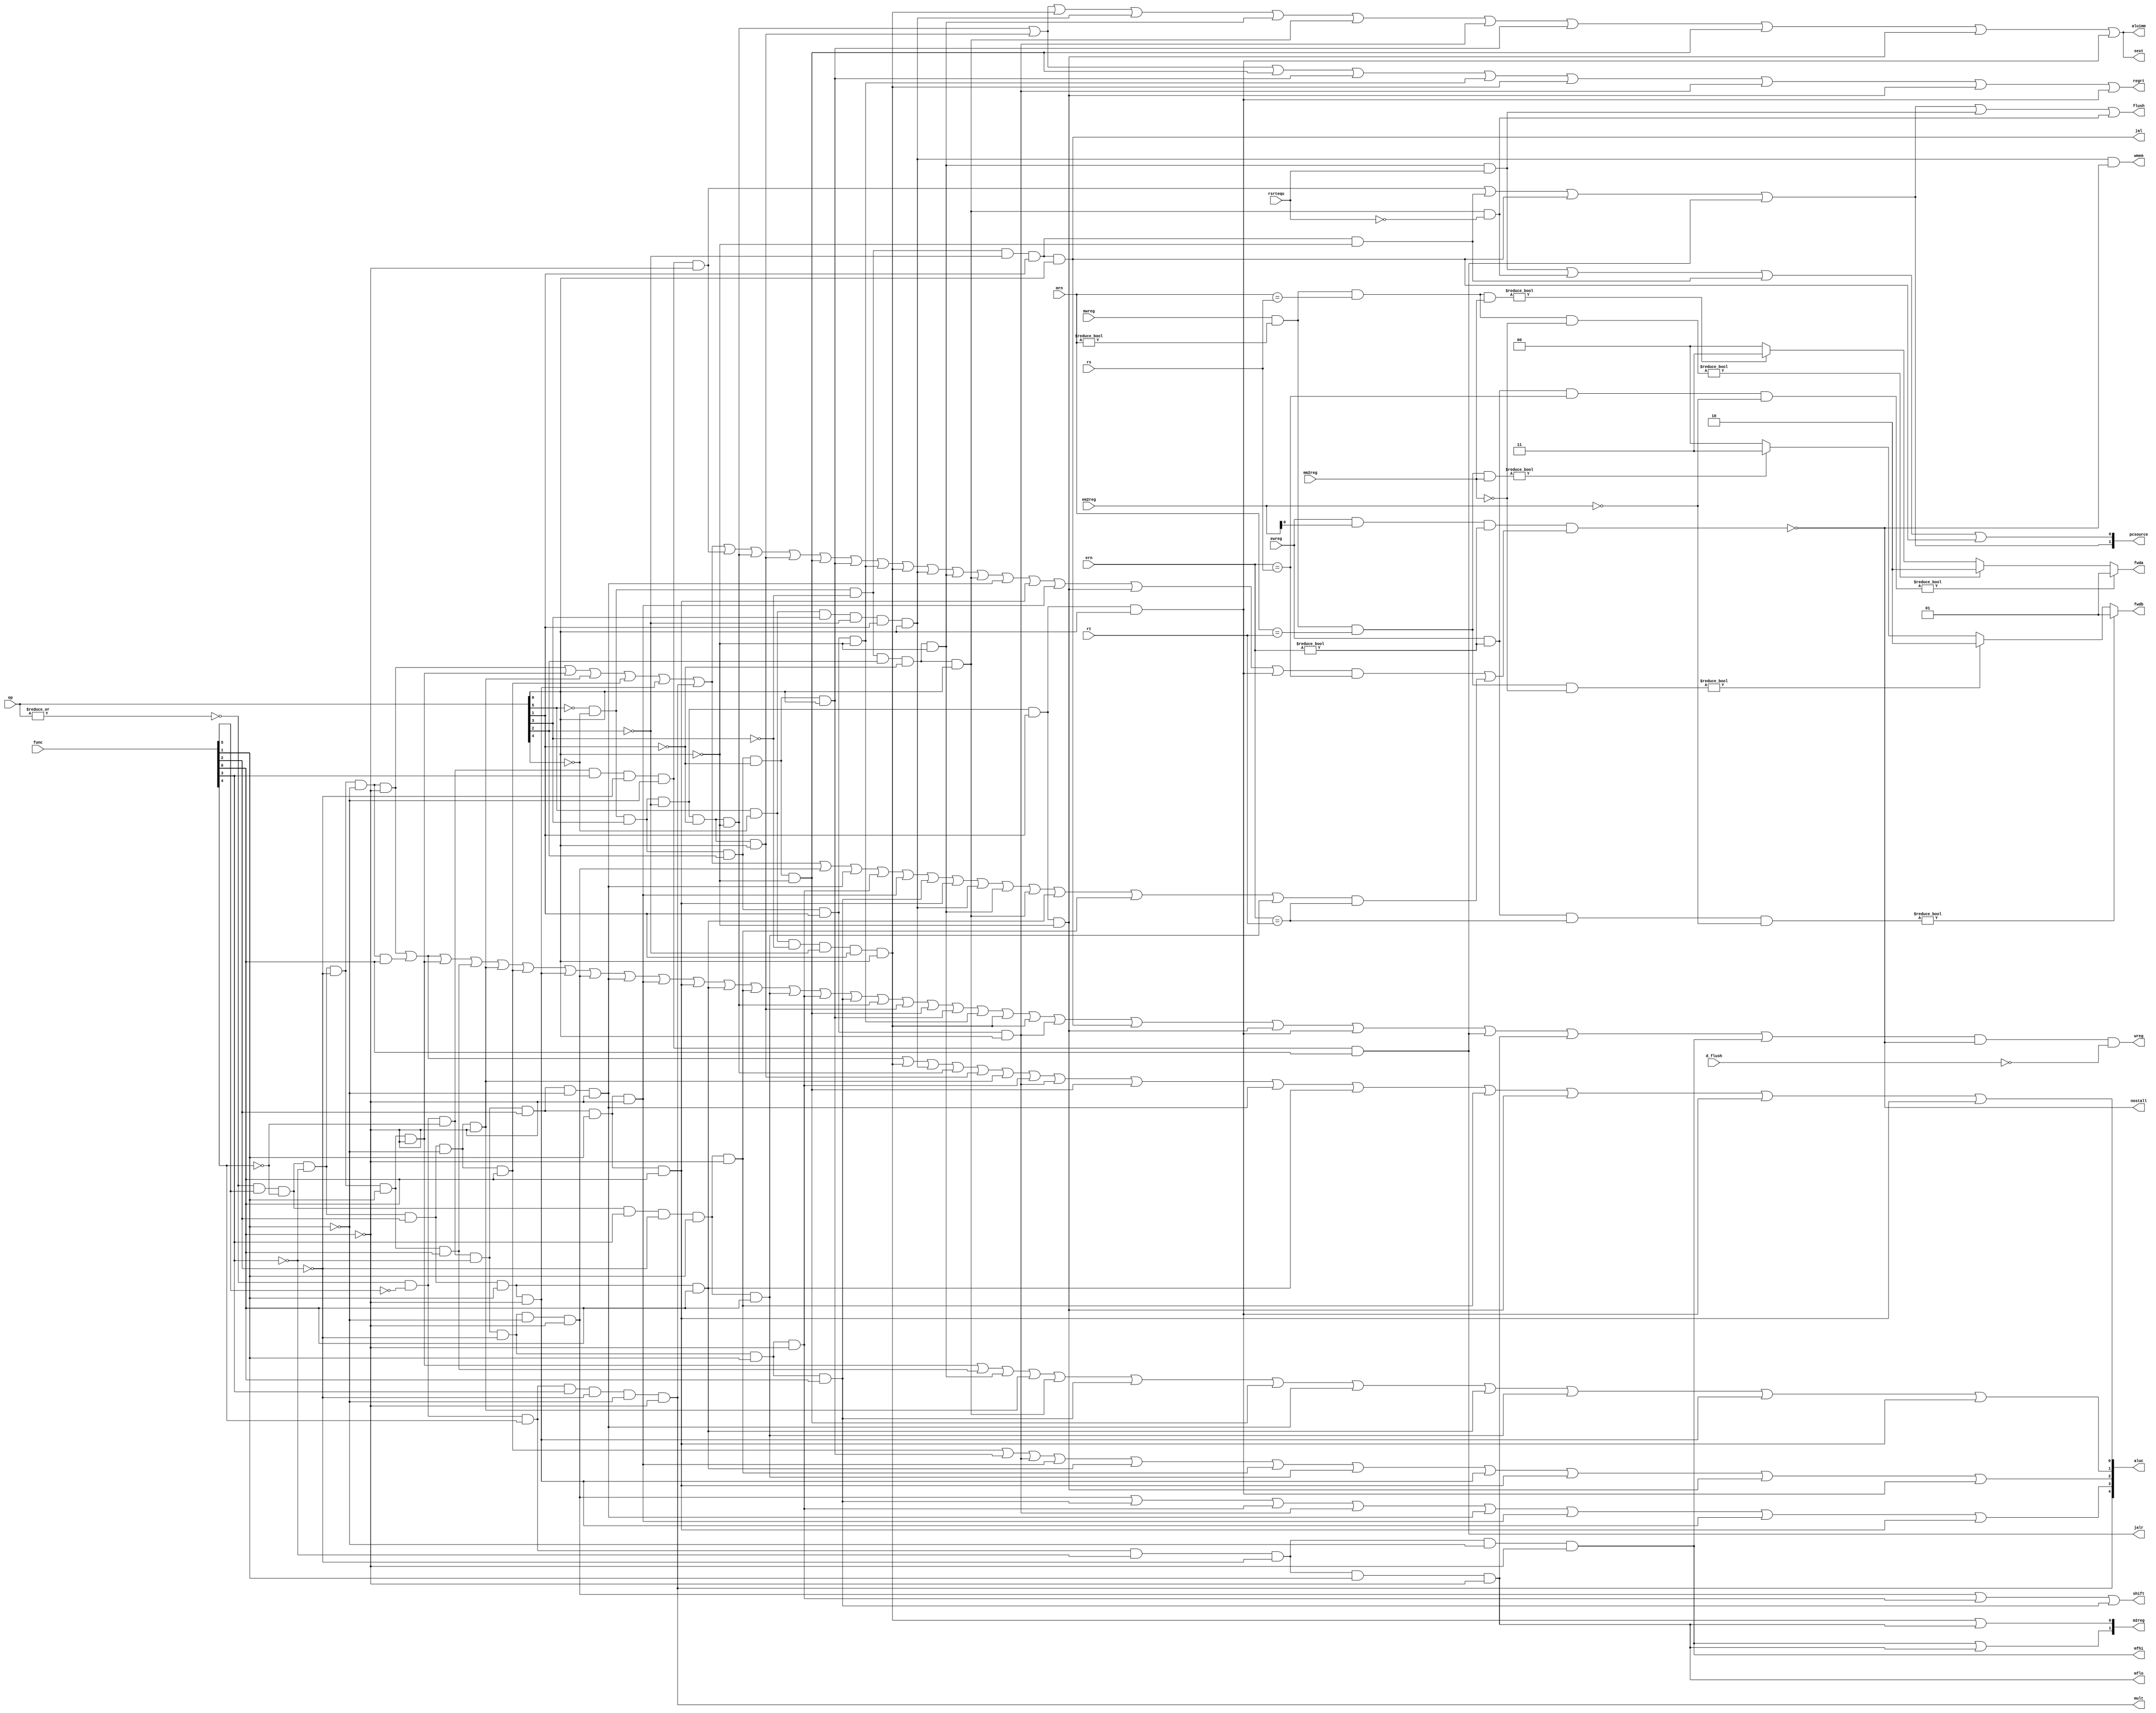
module pipeidcu (mwreg, mrn, ern, ewreg, em2reg, mm2reg, rsrtequ, func, op, rs, rt, wreg, m2reg, 
	wmem, aluc, regrt, aluimm, fwda, fwdb, nostall, sext, pcsource, shift, jal, jalr, flush, d_flush, mult, mfhi,mflo);

//module pipeidcu (mwreg, mrn, ern, ewreg, em2reg, mm2reg, rsrtequ, func, op, rs, rt, wreg, m2reg, 
//	wmem, aluc, regrt, aluimm, fwda, fwdb, nostall, sext, pcsource, shift, jal);

	
	input mwreg, ewreg,  rsrtequ;
	input [1:0] em2reg, mm2reg;
	input [4:0] mrn, ern, rs, rt;
	input [5:0] func, op;
 	input d_flush;

	output     wreg, wmem, regrt, aluimm, sext, shift, jal, jalr;
	output [1:0] m2reg;
	output [4:0] aluc;
	output [1:0] pcsource;
	output [1:0] fwda, fwdb;
	output nostall;
	output flush;
	output mult, mfhi, mflo;
	reg [1:0] fwda, fwdb;
	reg dd_flush;
	// wire r_type, i_add, i_sub, i_and, i_or, i_xor, i_sll,i_srl, i_sra, i_jr;
	// wire i_addi, i_andi, i_ori, i_xori, i_lw, i_sw, i_beq, i_bne, i_lui, i_j, i_jal;

	/*
	
	 */
	

	// and(r_type, ~op[5], ~op[4], ~op[3], ~op[2], ~op[1], ~op[0]);
	// and(i_add, r_type, func[5],~func[4],~func[3],~func[2],~func[1],~func[0]);
	// and(i_sub, r_type, func[5],~func[4],~func[3],~func[2], func[1],~func[0]);


	// and(i_addi, ~op[5], ~op[4], op[3], ~op[2], ~op[1], ~op[0]);


   wire r_type  = ~|op;
   wire i_add  = r_type& func[5]&~func[4]&~func[3]&~func[2]&~func[1]&~func[0]; // add
   wire i_sub  = r_type& func[5]&~func[4]&~func[3]&~func[2]& func[1]&~func[0]; // sub
   wire i_and  = r_type& func[5]&~func[4]&~func[3]& func[2]&~func[1]&~func[0]; // and
   wire i_or   = r_type& func[5]&~func[4]&~func[3]& func[2]&~func[1]& func[0]; // or
   wire i_xor  = r_type& func[5]&~func[4]&~func[3]& func[2]& func[1]&~func[0];
   wire i_slt  = r_type& func[5]&~func[4]& func[3]&~func[2]& func[1]&~func[0]; // slt
   wire i_sltu = r_type& func[5]&~func[4]& func[3]&~func[2]& func[1]& func[0]; // sltu
   wire i_addu = r_type& func[5]&~func[4]&~func[3]&~func[2]&~func[1]& func[0]; // addu
   wire i_subu = r_type& func[5]&~func[4]&~func[3]&~func[2]& func[1]& func[0]; // subu
   wire i_jr   = r_type&~func[5]&~func[4]& func[3]&~func[2]&~func[1]&~func[0]; //jr 001000
   wire i_jalr = r_type&~func[5]&~func[4]& func[3]&~func[2]&~func[1]& func[0]; //jalr 001001
   wire i_nor  = r_type& func[5]&~func[4]&~func[3]& func[2]& func[1]& func[0]; //nor 100111
   wire i_sll  = r_type&~func[5]&~func[4]&~func[3]&~func[2]&~func[1]&~func[0]; //sll 000000
   wire i_srl  = r_type&~func[5]&~func[4]&~func[3]&~func[2]& func[1]&~func[0]; //srl 000010
   wire i_sra  = r_type&~func[5]&~func[4]&~func[3]&~func[2]& func[1]& func[0]; //sra 000011
   wire i_sllv = r_type&~func[5]&~func[4]&~func[3]& func[2]&~func[1]&~func[0]; //sllv 000100
   wire i_srlv = r_type&~func[5]&~func[4]&~func[3]& func[2]& func[1]&~func[0]; //srlv 000110
   wire i_srav = r_type&~func[5]&~func[4]&~func[3]& func[2]& func[1]& func[0]; //srav 000111
   wire i_mult = r_type&~func[5]& func[4]& func[3]&~func[2]&~func[1]&~func[0]; //mult 011000
   wire i_mfhi = r_type&~func[5]& func[4]&~func[3]&~func[2]&~func[1]&~func[0]; //mfhi 010000
   wire i_mflo = r_type&~func[5]& func[4]&~func[3]&~func[2]& func[1]&~func[0]; //mflo 010010
  // i format 
   wire i_addi = ~op[5]&~op[4]& op[3]&~op[2]&~op[1]&~op[0]; // addi  001000
   wire i_addiu= ~op[5]&~op[4]& op[3]&~op[2]&~op[1]& op[0]; // addiu 001001
   wire i_ori  = ~op[5]&~op[4]& op[3]& op[2]&~op[1]& op[0]; // ori
   wire i_xori = ~op[5]&~op[4]& op[3]& op[2]& op[1]&~op[0]; 
   wire i_lw   =  op[5]&~op[4]&~op[3]&~op[2]& op[1]& op[0]; // lw
   wire i_sw   =  op[5]&~op[4]& op[3]&~op[2]& op[1]& op[0]; // sw
   wire i_beq  = ~op[5]&~op[4]&~op[3]& op[2]&~op[1]&~op[0]; // beq
   wire i_bne  = ~op[5]&~op[4]&~op[3]& op[2]&~op[1]& op[0]; //bne 000101
   wire i_slti = ~op[5]&~op[4]& op[3]&~op[2]& op[1]&~op[0]; //slti 001010
   wire i_sltiu= ~op[5]&~op[4]& op[3]&~op[2]& op[1]& op[0]; //slti 001011
   wire i_lui  = ~op[5]&~op[4]& op[3]& op[2]& op[1]& op[0]; //lui 001111
   wire i_andi = ~op[5]&~op[4]& op[3]& op[2]&~op[1]&~op[0]; //001100
  // j format
   wire i_j    = ~op[5]&~op[4]&~op[3]&~op[2]& op[1]&~op[0];  // j
   wire i_jal  = ~op[5]&~op[4]&~op[3]&~op[2]& op[1]& op[0];  // jal




	wire i_rs = i_add | i_sub | i_and | i_or | i_xor | i_mult| i_jr | i_addi | i_addiu| i_andi | i_ori | i_xori | i_lw | i_sw | i_beq | i_bne | i_sllv| i_srav| i_srlv|i_slti|i_sltiu;

	wire i_rt = i_add | i_sub | i_and | i_or | i_xor | i_mult| i_sll | i_sllv | i_srl | i_srlv | i_sra |i_srav| i_sw | i_beq | i_bne | i_nor | i_slt | i_sltu;

	assign nostall = ~(ewreg & em2reg & (ern != 0) & (i_rs & (ern == rs) | i_rt & (ern == rt)));
	//assign nostall = ~(ewreg & em2reg & (ern != 0) & (i_rs & (ern == rs) | i_rt & (ern == rt)) | i_j | i_jal |i_jr | i_beq & rsrtequ | i_bne & ~rsrtequ);

	always @(ewreg or mwreg or ern or mrn or em2reg or mm2reg or mm2reg or rs or rt)
	begin
		fwda = 2'b00;
		if(ewreg & (ern != 0) & (ern == rs) & ~em2reg)
		begin
			fwda = 2'b01;
		end else begin
			if(mwreg & (mrn != 0) & (mrn == rs) & ~mm2reg)
			begin
				fwda = 2'b10;
			end else begin
				if(mwreg & (mrn != 0) & (mrn == rs) & mm2reg) begin
					fwda = 2'b11;
				end
			end
		end
	

	fwdb = 2'b00;
	if(ewreg & (ern != 0) & (ern == rt) & ~em2reg)begin
		fwdb = 2'b01;
	end else begin
		if(mwreg & (mrn != 0) & (mrn == rt) & ~mm2reg)begin
			fwdb = 2'b10;
		end else begin
			if(mwreg & (mrn != 0) & (mrn == rt) & mm2reg)begin
				fwdb = 2'b11;
			end
		end
	end
	dd_flush = d_flush;
end

	assign wreg = (i_add |i_addu| i_sub |i_subu| i_and | i_or | i_xor | i_sll | i_sllv | i_srlv |i_srav| i_nor | i_slt| i_sltu | i_srl | i_sra | i_addi | i_addiu| i_andi | i_ori | i_xori | i_lw | i_lw | i_lui | i_jal|i_slti |i_sltiu|i_jalr|i_mflo|i_mfhi) & nostall & (~dd_flush);
	//assign wreg = (i_add |i_addu| i_sub |i_subu| i_and | i_or | i_xor | i_sll | i_sllv | i_srlv |i_srav| i_nor | i_slt| i_sltu | i_srl | i_sra | i_addi | i_andi | i_ori | i_xori | i_lw | i_lw | i_lui | i_jal|i_slti) & nostall;// & (~d_flush);
	assign regrt = i_addi | i_addiu|i_andi | i_ori | i_xori | i_lw | i_lui |i_slti|i_sltiu;

	assign jal = i_jal;
	assign jalr = i_jalr;	
	assign m2reg[0] = i_lw |i_mflo;
	assign m2reg[1] = i_mfhi |i_mflo;
	
	assign shift = i_sll | i_srl | i_sra ;
	assign aluimm = i_addi |i_addiu| i_lw | i_sw | i_beq | i_bne | i_lui | i_ori | i_andi|i_slti|i_sltiu;
	assign sext = i_addi | i_addiu|i_lw | i_sw | i_beq | i_bne| i_lui | i_ori | i_andi|i_slti |i_sltiu;
    assign aluc[0] = i_add | i_addu| i_lw | i_sw | i_addi |i_addiu| i_and | i_srl  |i_lui | i_andi | i_sllv | i_nor | i_slt |i_slti|i_sltiu|i_srav;
    assign aluc[1] = i_sub | i_subu|i_beq | i_and | i_bne | i_sra  | i_andi | i_sllv | i_nor| i_sltu |i_xor |i_srav;
    assign aluc[2] = i_or | i_ori   | i_lui | i_srlv | i_nor | i_slt | i_sltu|i_xor|i_srav|i_slti|i_sltiu;
    assign aluc[3] = i_sll | i_sra | i_srl | i_lui | i_sllv | i_srlv|i_xor|i_srav;
    assign aluc[4] = i_mult;
	assign wmem = i_sw & nostall;
	assign pcsource[1] = i_jr | i_j | i_jal |i_jalr;
	assign pcsource[0] = i_beq & rsrtequ | i_bne & ~rsrtequ | i_j | i_jal;
	assign mult = i_mult;
	assign mfhi = i_mfhi;
	assign mflo = i_mflo;
	assign flush = (i_j | i_jr |i_jal |i_jalr| i_beq & rsrtequ | i_bne & ~rsrtequ );
endmodule